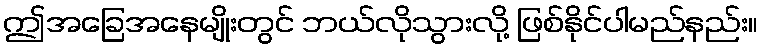
ဤအခြေအနေမျိုးတွင် ဘယ်လိုသွားလို့ ဖြစ်နိုင်ပါမည်နည်း။